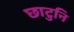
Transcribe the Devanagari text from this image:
छाटुनि